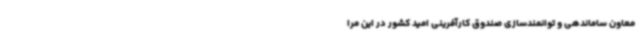
معاون ساماندهی و توانمندسازی صندوق کارآفرینی امید کشور در این مرا